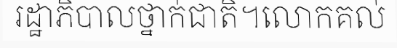
រដ្ឋាភិបាលថ្នាក់ជាតិ។លោកគល់